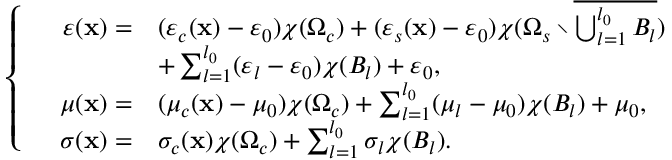
\left\{ \begin{array} { r l } { \varepsilon ( \mathbf { x } ) = } & { ( \varepsilon _ { c } ( \mathbf { x } ) - \varepsilon _ { 0 } ) \chi ( \Omega _ { c } ) + ( \varepsilon _ { s } ( \mathbf { x } ) - \varepsilon _ { 0 } ) \chi ( \Omega _ { s } \setminus \overline { { \bigcup _ { l = 1 } ^ { l _ { 0 } } B _ { l } } } ) } \\ & { + \sum _ { l = 1 } ^ { l _ { 0 } } ( \varepsilon _ { l } - \varepsilon _ { 0 } ) \chi ( B _ { l } ) + \varepsilon _ { 0 } , } \\ { \quad \mu ( \mathbf { x } ) = } & { ( \mu _ { c } ( \mathbf { x } ) - \mu _ { 0 } ) \chi ( \Omega _ { c } ) + \sum _ { l = 1 } ^ { l _ { 0 } } ( \mu _ { l } - \mu _ { 0 } ) \chi ( B _ { l } ) + \mu _ { 0 } , } \\ { \sigma ( \mathbf { x } ) = } & { \sigma _ { c } ( \mathbf { x } ) \chi ( \Omega _ { c } ) + \sum _ { l = 1 } ^ { l _ { 0 } } \sigma _ { l } \chi ( B _ { l } ) . } \end{array} \right.